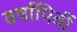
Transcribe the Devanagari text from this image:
वर्षापिर्वी